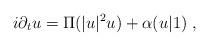
LaTeX: \begin{align*}i\partial_t u=\Pi(|u|^2u)+\alpha(u|1)\ ,\end{align*}